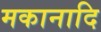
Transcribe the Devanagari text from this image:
मकानादि